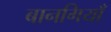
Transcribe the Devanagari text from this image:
बानगियाँ